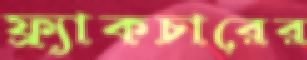
ফ্র্যাকচারের